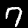
Label: 7